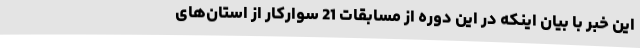
این خبر با بیان اینکه در این دوره از مسابقات 21 سوارکار از استان‌های